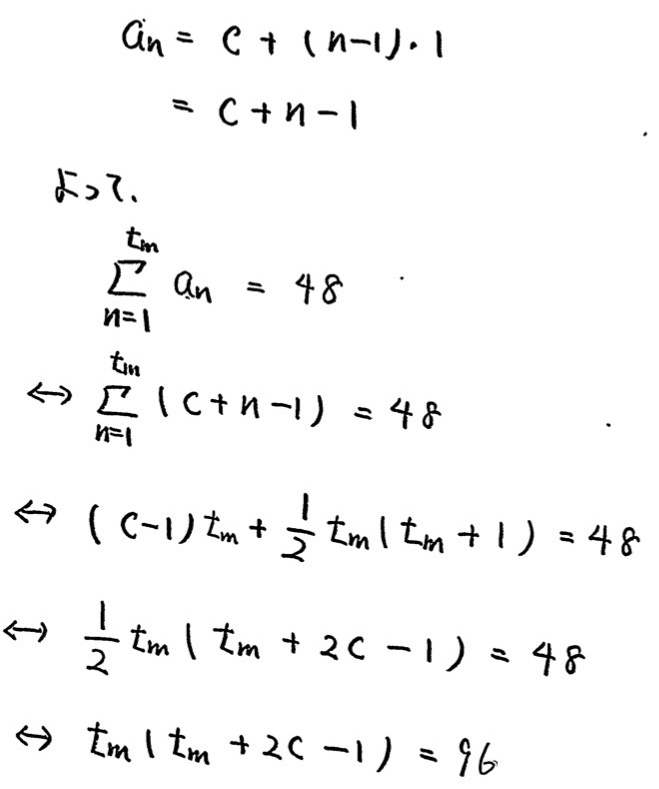
\[
\begin{align*}
a_n&=c+(n - 1)\cdot1\\
&=c + n-1
\end{align*}
\]
\[
\begin{align*}
\sum_{n = 1}^{t_m}a_n&=48\\
\Leftrightarrow\sum_{n = 1}^{t_m}(c + n-1)&=48\\
\Leftrightarrow(c - 1)t_m+\frac{1}{2}t_m(t_m + 1)&=48\\
\Leftrightarrow\frac{1}{2}t_m(t_m + 2c-1)&=48\\
\Leftrightarrow t_m(t_m + 2c-1)&=96
\end{align*}
\]